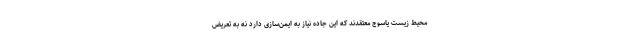
محیط زیست یاسوج معتقدند که این جاده نیاز به ایمن‌سازی دارد نه به تعریض